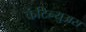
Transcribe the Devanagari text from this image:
कंटिन्युअस